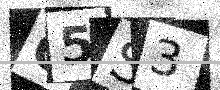
Text: O5S3